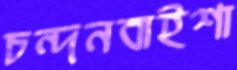
চন্দনবাইশা